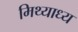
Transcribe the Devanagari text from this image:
मिथ्याध्य